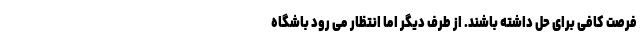
فرصت کافی برای حل داشته باشند. از طرف دیگر اما انتظار می رود باشگاه